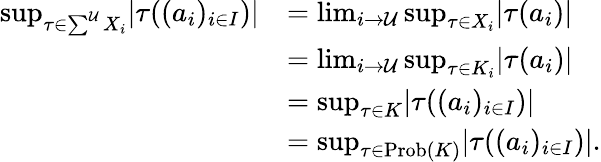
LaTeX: \begin{array}{rl}{\operatorname*{sup}_{\tau\in\sum^{\mathcal{U}}X_{i}}\lvert\tau((a_{i})_{i\in I})\rvert}&{=\operatorname*{lim}_{i\to\mathcal{U}}\operatorname*{sup}_{\tau\in X_{i}}\lvert\tau(a_{i})\rvert}\\ &{=\operatorname*{lim}_{i\to\mathcal{U}}\operatorname*{sup}_{\tau\in K_{i}}\lvert\tau(a_{i})\rvert}\\ &{=\operatorname*{sup}_{\tau\in K}\lvert\tau((a_{i})_{i\in I})\rvert}\\ &{=\operatorname*{sup}_{\tau\in\mathrm{Prob}(K)}\lvert\tau((a_{i})_{i\in I})\rvert.}\end{array}